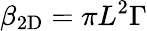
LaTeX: \beta_{\mathrm{2D}}=\pi L^{2}\Gamma